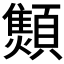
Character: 𱂝